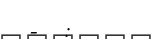
-  :